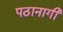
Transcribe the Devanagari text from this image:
पठानागी